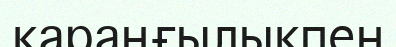
қараңғылықпен